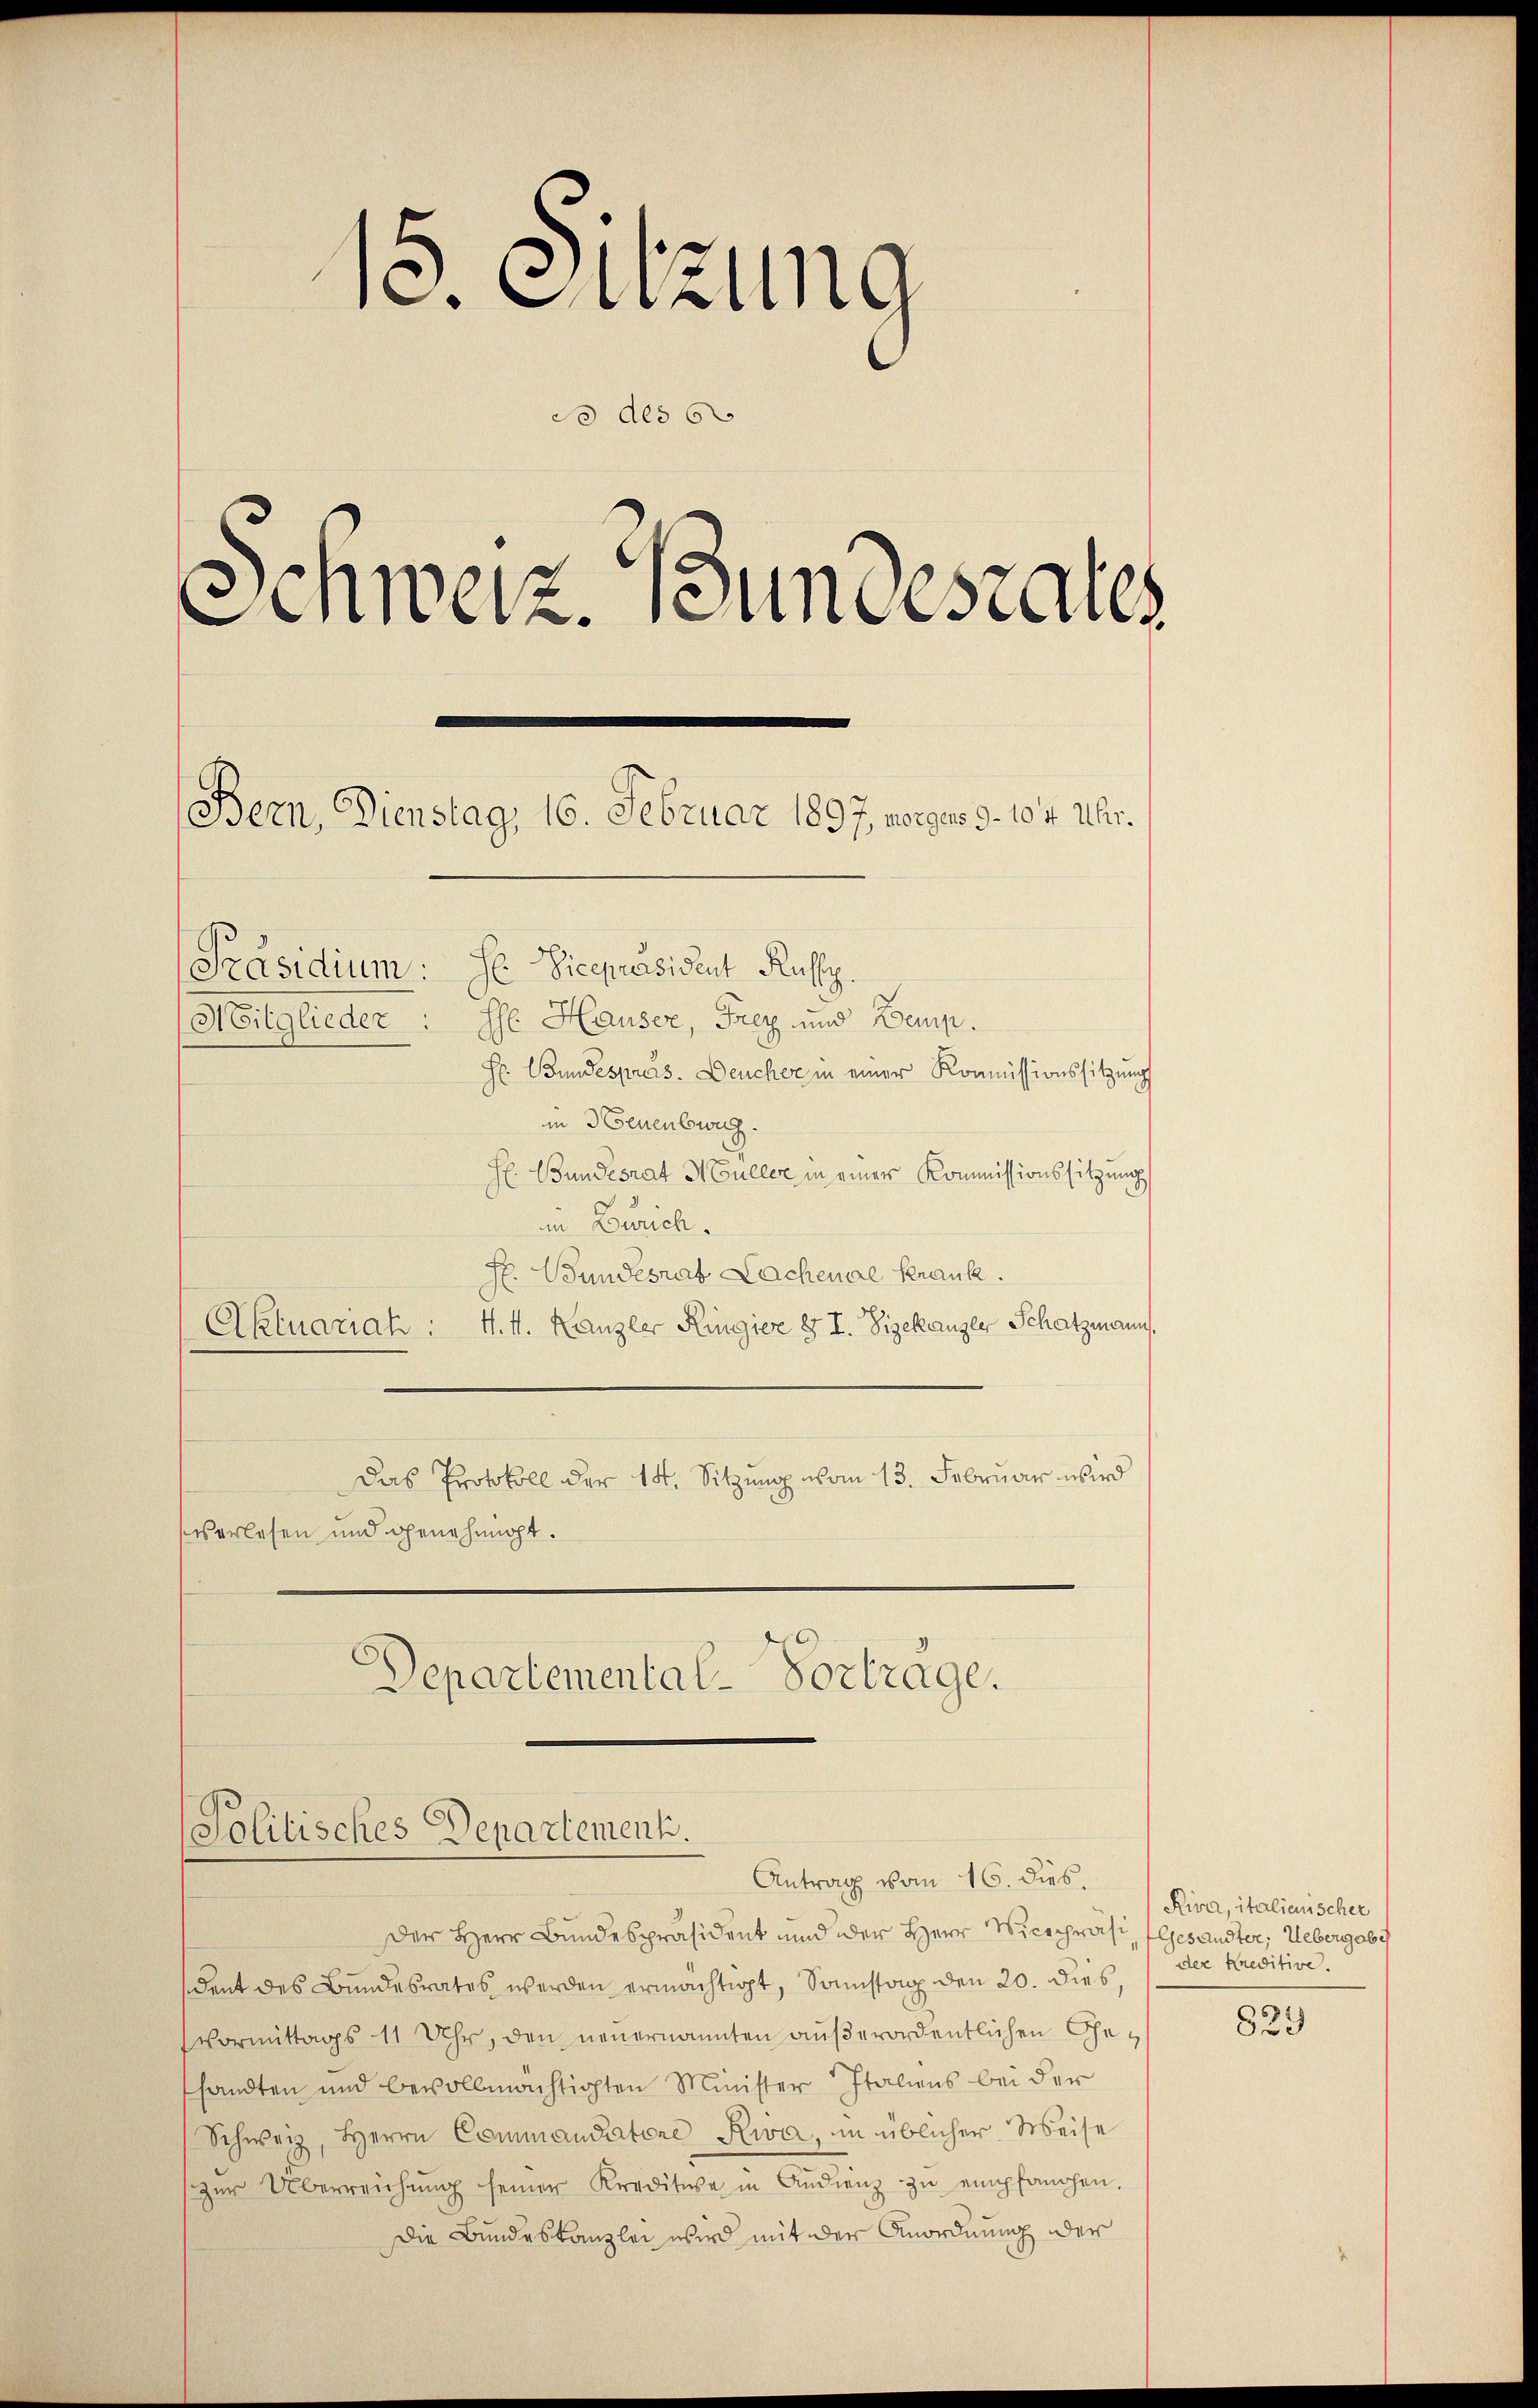
15. Sitzung
do des 6.
Schweiz. Bundesrates
Bern, Dienstag, 16. Februar 1897, vorges d. 104 Uhr.

[Präsidium: Se Vicepräsident Rustz.

Mitglieder: Ihr Hauser, Frey und Demp.
Hr. Bundespreis. Deucher in einer Kommissionssitzung
in Neuenburg.
H. Bundesrat Müller in einer Kommissionssitzungs
in Zürich.
Hr. Bundesrat Lachenal Krank.
Aktuariat : 4. t. Kanzler Ringier § I. Zizekanzler Schatzmann,
Das Protokoll der 14. Sitzung vom 13. Februar wird
vs erlesen und genehmigt.
Departemental-Vortrage.

Politisches Departement.
Antrag vom 16. dies.

Der Herr Bundespräsident und der Herr Vicechraft, Gesandter, Uebergabe
sident des Bundesrates werden ermächtigt, Sonnstag den 20. dies,
Vormittags 11 Uhr, den neuernannten außerordentlichen Gesandten und bevollmächtigten Minister Italiens bei der
Schweiz, Herrn Commandatore Kwa, in üblicher Weise
szer Überreichŭng seiner Kredite in Audienz zu empfangen.
Die Bundeskanzlei wird mit der Anordnung der

Riva, italienischer
der Kreditive
833